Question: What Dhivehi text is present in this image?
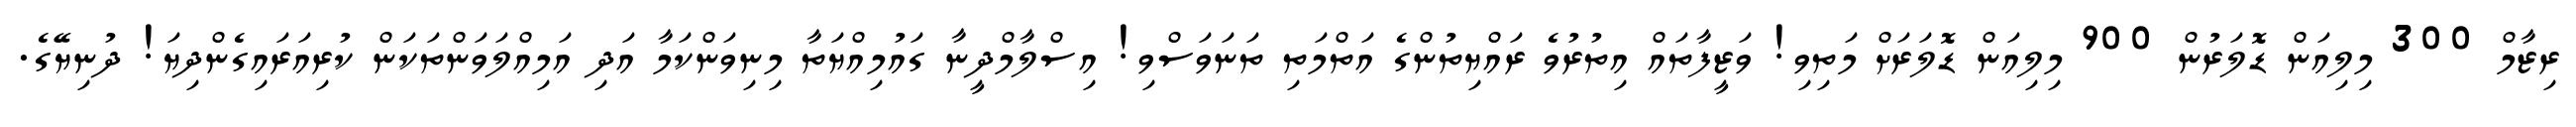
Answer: ރިޒާމް 300 މިލިއަން ޑޮލަރުން 900 މިލިއަން ޑޮލަރަށް މަތިވި! ވަޒީފާތައް އިތުރުވެ ރައްޔިތުންގެ އަތްމަތި ތަނަވަސްވި! އިސްލާމްދީނާ ގައުމިއްޔަތާ މިނިވަންކަމާ އަދި އަމިއްލަވަންތަކަން ކުރިއަރައިގެންދިޔަ! ދުނިޔޭގެ.